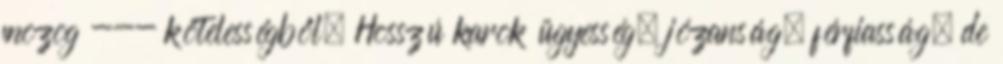
mozog --- kötelességből. Hosszú karok ügyesség, józanság, férfiasság, de